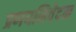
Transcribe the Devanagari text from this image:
प्रणयनिवेदन